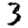
Digit: 3